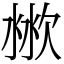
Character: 𣶙